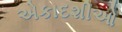
એકાદશીઓ